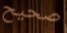
صحيح